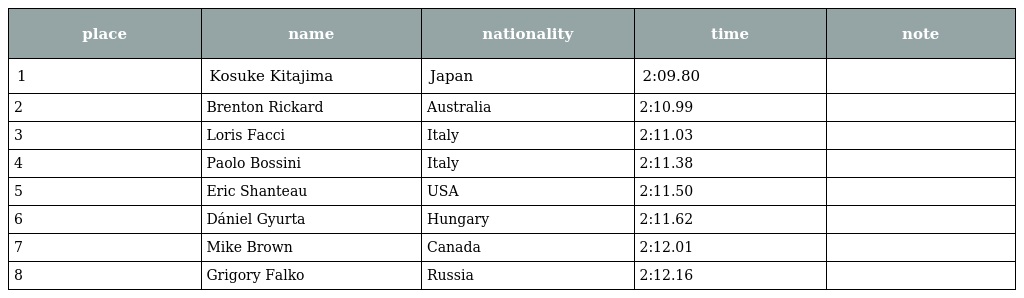
| place | name | nationality | time | note |
 | --- | --- | --- | --- | --- |
 | 1 | Kosuke Kitajima | Japan | 2:09.80 |  |
 | 2 | Brenton Rickard | Australia | 2:10.99 |  |
 | 3 | Loris Facci | Italy | 2:11.03 |  |
 | 4 | Paolo Bossini | Italy | 2:11.38 |  |
 | 5 | Eric Shanteau | USA | 2:11.50 |  |
 | 6 | Dániel Gyurta | Hungary | 2:11.62 |  |
 | 7 | Mike Brown | Canada | 2:12.01 |  |
 | 8 | Grigory Falko | Russia | 2:12.16 |  |